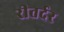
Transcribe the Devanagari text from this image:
रीतर्दर